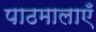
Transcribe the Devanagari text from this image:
पाठमालाएँ